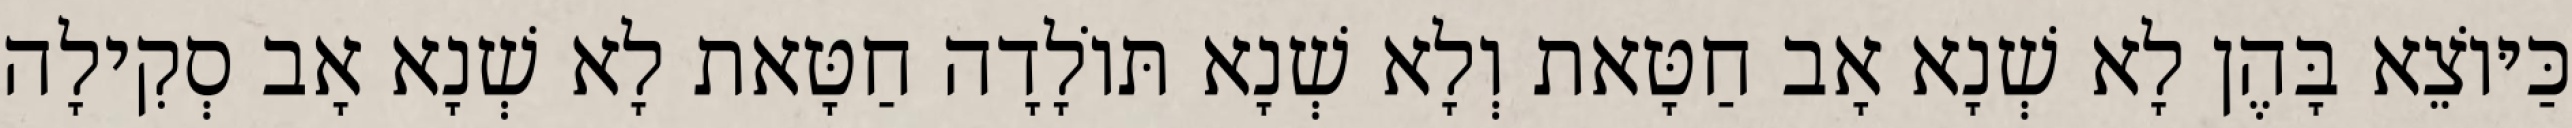
כַּיּוֹצֵא בָּהֶן לָא שְׁנָא אָב חַטָּאת וְלָא שְׁנָא תּוֹלָדָה חַטָּאת לָא שְׁנָא אָב סְקִילָה